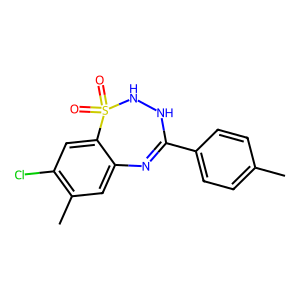
SMILES: Cc1ccc(C2=Nc3cc(C)c(Cl)cc3S(=O)(=O)NN2)cc1
Inhibits HIV replication: No